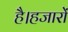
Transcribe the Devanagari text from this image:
है।हजारों